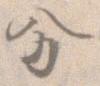
分